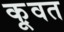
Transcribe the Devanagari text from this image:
कू़वत